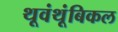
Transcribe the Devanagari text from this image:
थूवंथूंबिकल